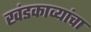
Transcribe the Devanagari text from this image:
खंडकाव्यांचा